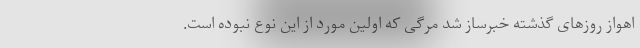
اهواز روزهای گذشته خبرساز شد مرگی که اولین مورد از این نوع نبوده است.